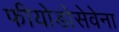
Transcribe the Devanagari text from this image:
फीयोडोसेवेना